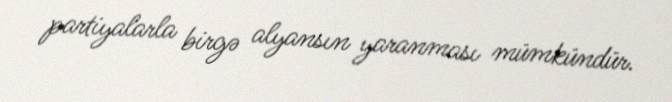
partiyalarla birgə alyansın yaranması mümkündür.